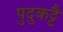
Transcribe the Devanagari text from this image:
पुदुकट्टै